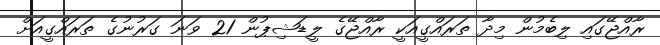
ރާއްޖޭގައި ލިބެމުން މިދާ ތަރައްގީއަކީ ރާއްޖޭގެ ލީޑަޝިޕުން 21 ވަނަ ގަރުނުގެ ތަރައްގީއަށް